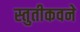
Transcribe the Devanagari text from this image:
स्तुतीकवने